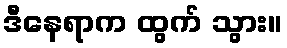
ဒီနေရာက ထွက် သွား။